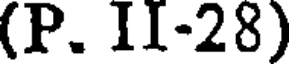
(P. II-28)